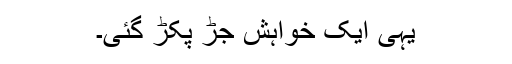
یہی ایک خواہش جڑ پکڑ گئی۔